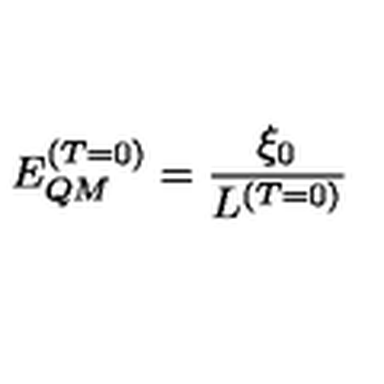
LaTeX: E _ { Q M } ^ { ( T = 0 ) } = \frac { \xi _ { 0 } } { L ^ { ( T = 0 ) } }